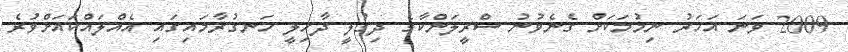
2009 ވަނަ އަހަރު ނިމުމަކަށް ގެނެވުނު ސްރީލަންކާގެ ދިގުލީ ދާޚިލީ ހަނގުރާމައިގައި އެއްލައްކައަށްވުރެ